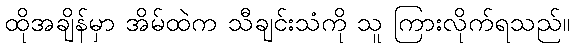
ထိုအချိန်မှာ အိမ်ထဲက သီချင်းသံကို သူ ကြားလိုက်ရသည်။